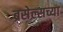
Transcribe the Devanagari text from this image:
ब्रसेल्सच्या